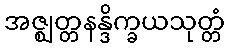
အဇ္ဈတ္တနန္ဒိက္ခယသုတ္တံ